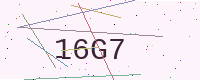
Text: 16G7